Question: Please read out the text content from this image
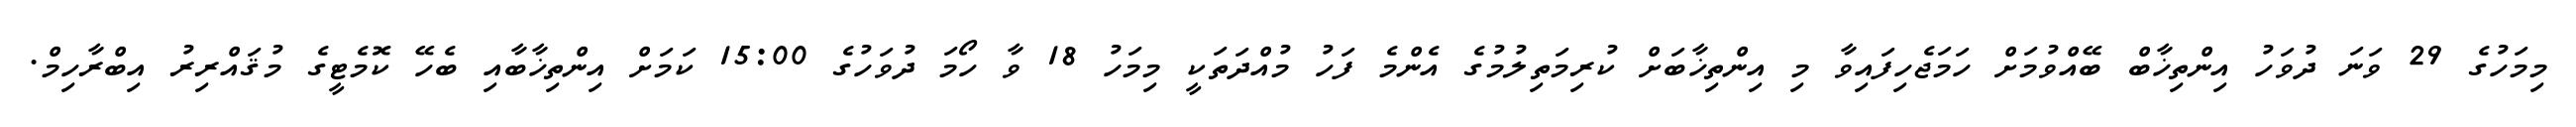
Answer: މިމަހުގެ 29 ވަނަ ދުވަހު އިންތިޚާބް ބޭއްވުމަށް ހަމަޖެހިފައިވާ މި އިންތިޚާބަށް ކުރިމަތިލުމުގެ އެންމެ ފަހު މުއްދަތަކީ މިމަހު 18 ވާ ހޯމަ ދުވަހުގެ 15:00 ކަމަށް އިންތިޚާބާއި ބެހޭ ކޮމެޓީގެ މުޤައްރިރު އިބްރާހިމް.